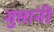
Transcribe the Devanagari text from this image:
गुप्तांनी